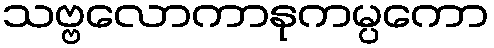
သဗ္ဗလောကာနုကမ္ပကော